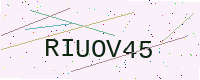
Text: RIUOV45